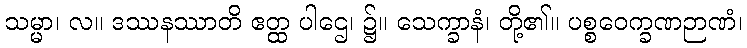
သမ္မာ၊ လ။ ဒဿနဿာတိ ဧတ္ထ ပါဌေ၊ ၌။ သေက္ခာနံ၊ တို့၏။ ပစ္စဝေက္ခဏဉာဏံ၊